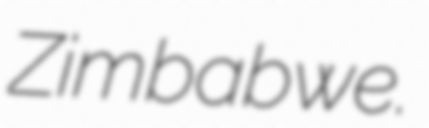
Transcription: Zimbabwe.